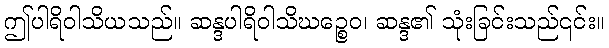
ဤပါရိဝါသိယသည်။ ဆန္ဒပါရိဝါသိဃဉ္စေဝ၊ ဆန္ဒ၏ သုံးခြင်းသည်၎င်း။